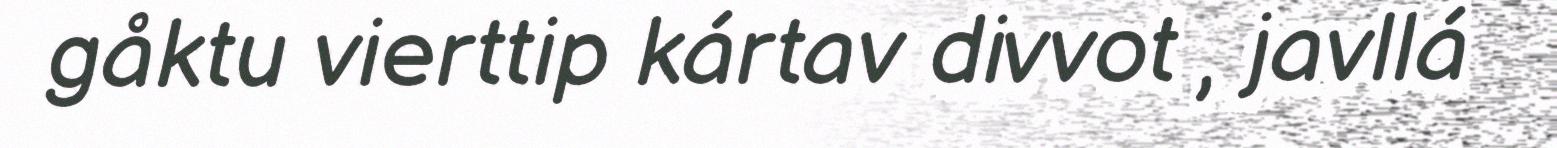
gåktu vierttip kártav divvot , javllá